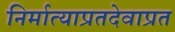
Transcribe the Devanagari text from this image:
निर्मात्याप्रतदेवाप्रत